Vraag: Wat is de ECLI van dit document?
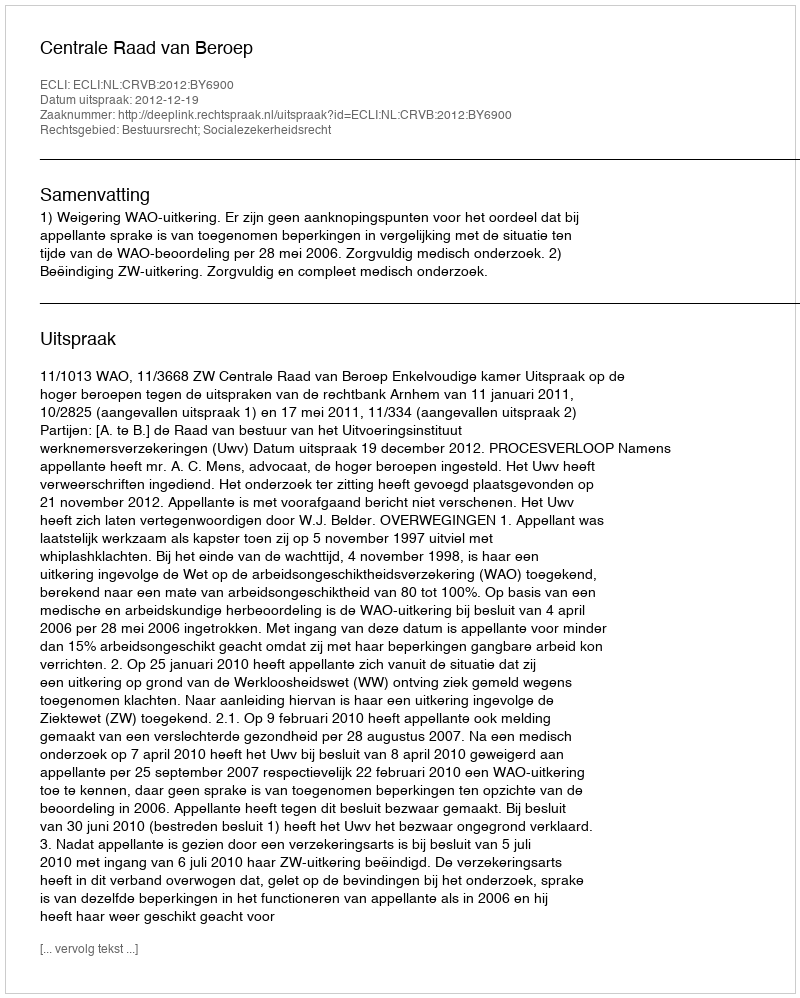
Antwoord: ECLI:NL:CRVB:2012:BY6900